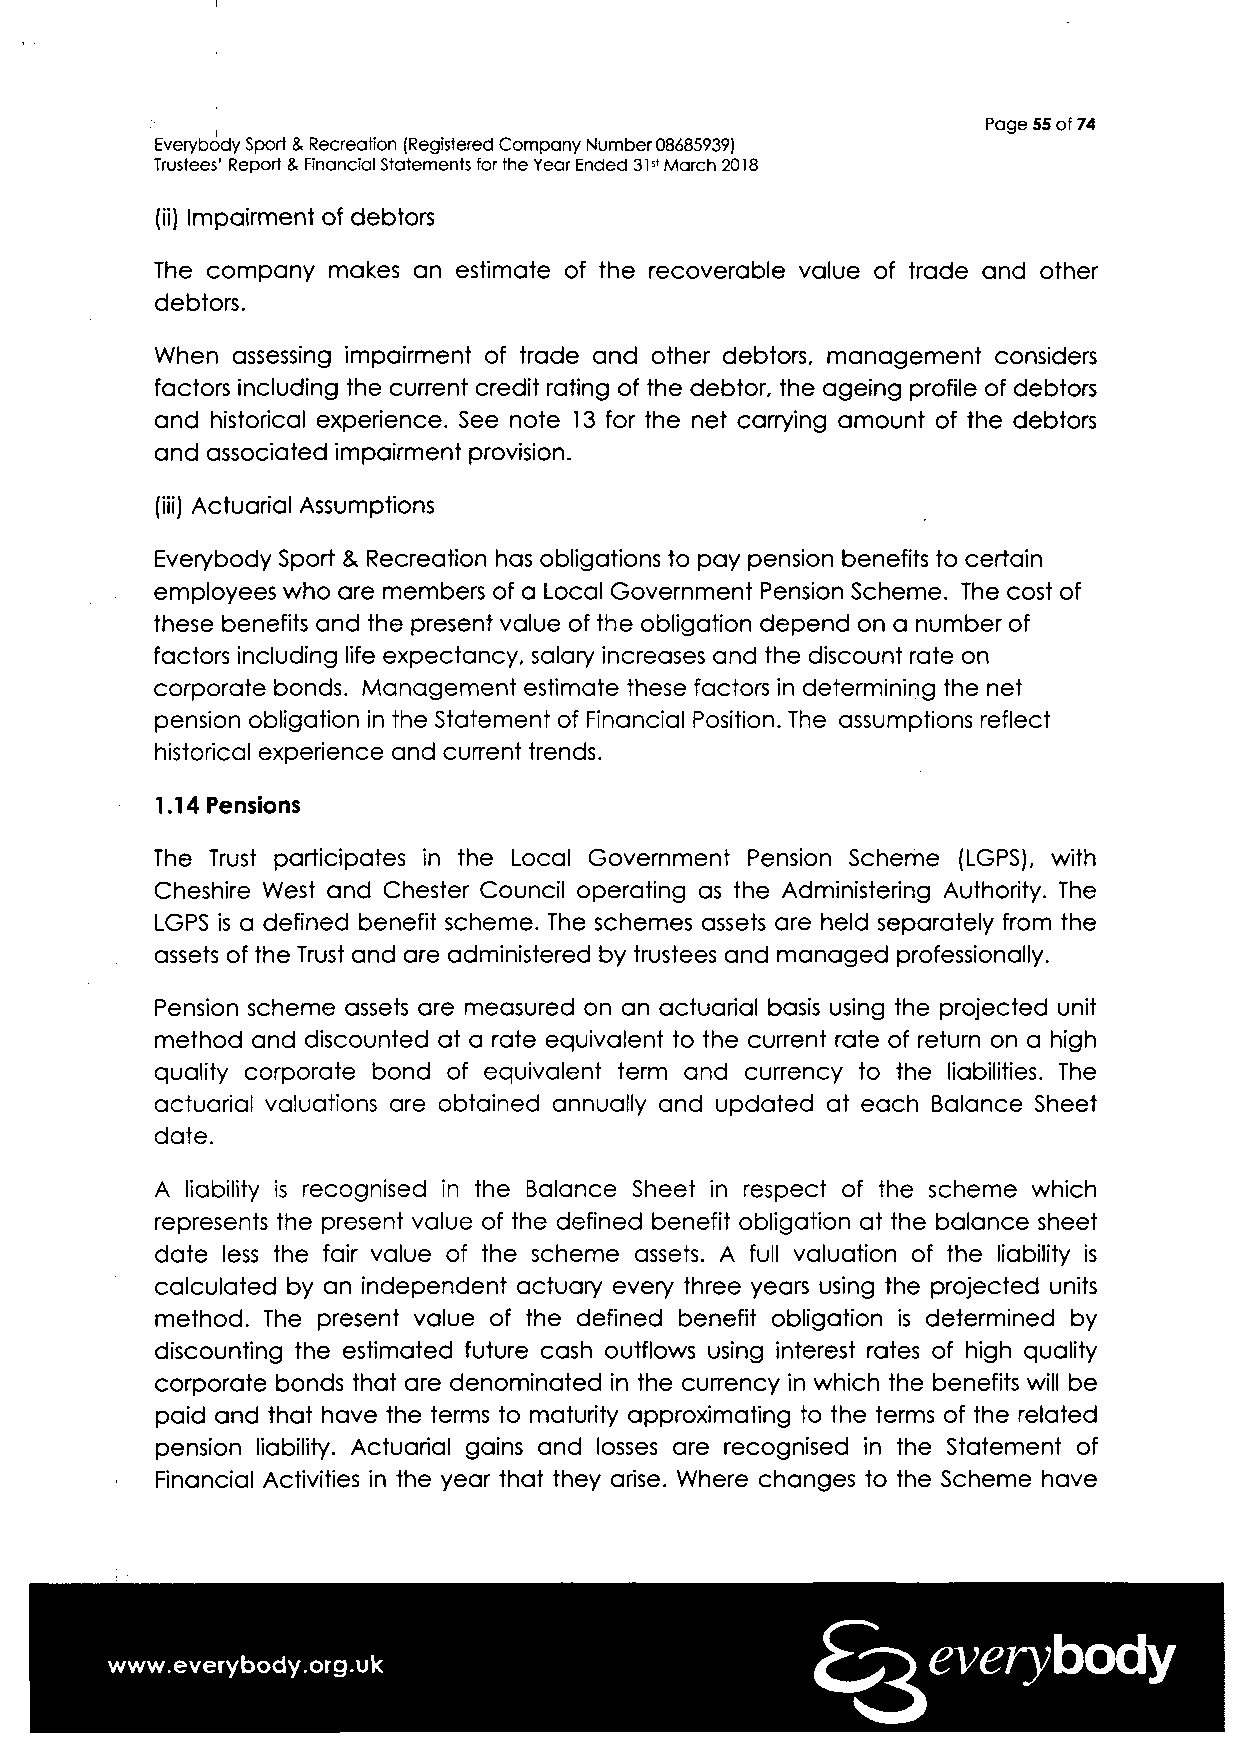
I
 !                                                  Page 55 of 74
 Everybody Sport & Recreation (Registered Compony Number 08685939)
 Trustees' Report & Financial Statements for the Year Ended 31st March 2018
 (ii) Impairment of debtors
 The company makes an estimate of the recoverable value of trade and other
 debtors.
 When assessing impairment of trade and other debtors, management considers
 factors including the current credit rating of the debtor, the ageing profile of debtors
 and historical experience. See note 13 for the net carrying amount of the debtors
 and associated impairment provision.
 (iii) Actuarial Assumptions
 Everybody Sport & Recreation has obligations to pay pension benefits to certain
 employees who are members of a Local Government Pension Scheme. The cost of
 these benefits and the present value of the obligation depend on a number of
 factors including life expectancy, salary increases and the discount rate on
 corporate bonds. Management estimate these factors in determining the net
 pension obligation in the Statement of Financial Position. The assumptions reflect
 historical experience and current trends.
 1.14 Pensions
 The Trust participates in the Local Government Pension Scheme (LGPS), with
 Cheshire West and Chester Council operating as the Administering Authority. The
 LGPS is a defined benefit scheme. The schemes assets are held separately from the
 assets of the Trust and are administered by trustees and managed professionally.
 Pension scheme assets are measured on an actuarial basis using the projected unit
 method and discounted at a rate equivalent to the current rate of return on a high
 quality corporate bond of equivalent term and currency to the liabilities. The
 actuarial valuations are obtained annually and updated at each Balance Sheet
 date.
 A liability is recognised in the Balance Sheet in respect of the scheme which
 represents the present value of the defined benefit obligation at the balance sheet
 date less the fair value of the scheme assets. A full valuation of the liability is
 calculated by an independent actuary every three years using the projected units
 method. The present value of the defined benefit obligation is determined by
 discounting the estimated future cash outflows using interest rates of high quality
 corporate bonds that are denominated in the currency in which the benefits will be
 paid and that have the terms to maturity approximating to the terms of the related
 pension liability. Actuarial gains and losses are recognised in the Statement of
 Financial Activities in the year that they arise. Where changes to the Scheme have
 everybody
 www.everybody.org.uk